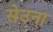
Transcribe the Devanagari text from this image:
सेउना